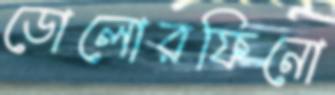
ডোলোরফিনো